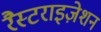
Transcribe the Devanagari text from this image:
रैस्टराइज़ेशन